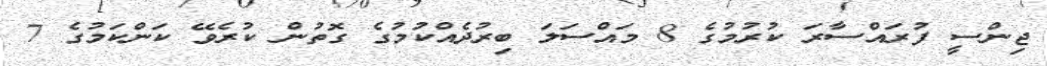
ޖިންސީ ފުރައްސާރަ ކުރުމުގެ 8 މައްސަލަ ބިރުދެއްކުމުގެ ގޮތުން ކުރެވޭ ކަންކަމުގެ 7